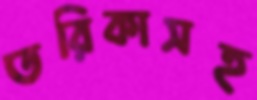
তরিকাসহ